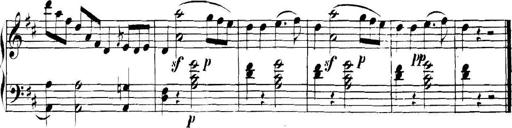
Title: Collected Piano Sonatas
Composer: Muzio Clementi